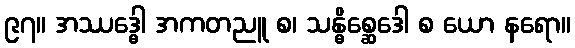
၉၇။ အဿဒ္ဓေါ အကတညူ စ၊ သန္ဓိစ္ဆေဒေါ စ ယော နရော။